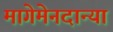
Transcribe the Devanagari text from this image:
मागेमेनदान्या